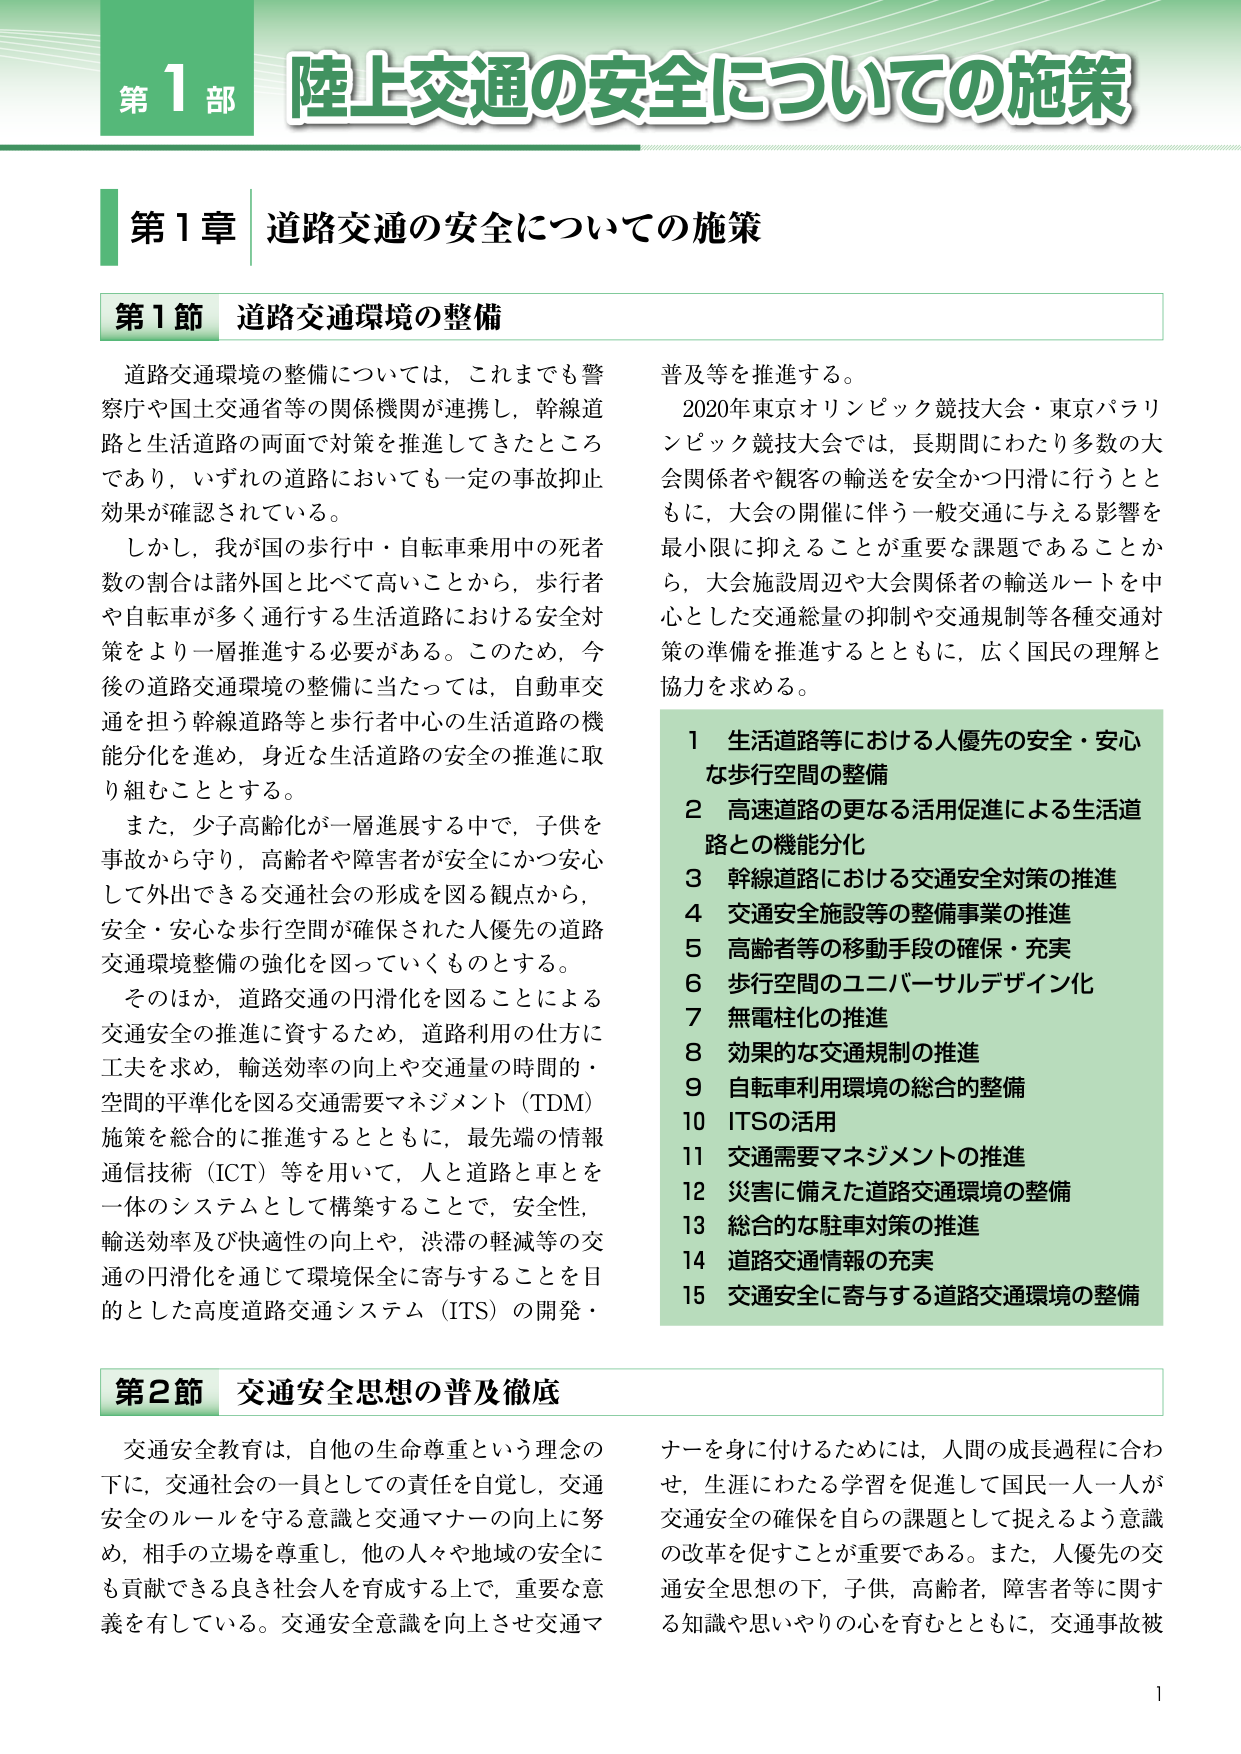
第1部 陸上交通の安全についての施策

第1章 道路交通の安全についての施策

第1節 道路交通環境の整備

道路交通環境の整備については，これまでも警察庁や国土交通省等の関係機関が連携し，幹線道路と生活道路の両面で対策を推進してきたところであり，いずれの道路においても一定の事故抑止効果が確認されている。

しかし，我が国の歩行中・自転車乗用中の死者数の割合は諸外国と比べて高いことから，歩行者や自転車が多く通行する生活道路における安全対策をより一層推進する必要がある。このため，今後の道路交通環境の整備に当たっては，自動車交通を担う幹線道路等と歩行者中心の生活道路の機能分化を進め，身近な生活道路の安全の推進に取り組むこととする。

また，少子高齢化が一層進展する中で，子供を事故から守り，高齢者や障害者が安全にかつ安心して外出できる交通社会の形成を図る観点から，安全・安心な歩行空間が確保された人優先の道路交通環境整備の強化を図っていくものとする。

そのほか，道路交通の円滑化を図ることによる交通安全の推進に資するため，道路利用の仕方に工夫を求め，輸送効率の向上や交通量の時間的・空間的平準化を図る交通需要マネジメント（TDM）施策を総合的に推進するとともに，最先端の情報通信技術（ICT）等を用いて，人と道路と車とを一体のシステムとして構築することで，安全性，輸送効率及び快適性の向上や，渋滞の軽減等の交通の円滑化を通じて環境保全に寄与することを目的とした高度道路交通システム（ITS）の開発・普及等を推進する。

2020年東京オリンピック競技大会・東京パラリンピック競技大会では，長期間にわたり多数の大会関係者や観客の輸送を安全かつ円滑に行うとともに，大会の開催に伴う一般交通に与える影響を最小限に抑えることが重要な課題であることから，大会施設周辺や大会関係者の輸送ルートを中心とした交通総量の抑制や交通規制等各種交通対策の準備を推進するとともに，広く国民の理解と協力を求める。

1 生活道路等における人優先の安全・安心な歩行空間の整備
2 高速道路の更なる活用促進による生活道路との機能分化
3 幹線道路における交通安全対策の推進
4 交通安全施設等の整備事業の推進
5 高齢者等の移動手段の確保・充実
6 歩行空間のユニバーサルデザイン化
7 無電柱化の推進
8 効果的な交通規制の推進
9 自転車利用環境の総合的整備
10 ITSの活用
11 交通需要マネジメントの推進
12 災害に備えた道路交通環境の整備
13 総合的な駐車対策の推進
14 道路交通情報の充実
15 交通安全に寄与する道路交通環境の整備

第2節 交通安全思想の普及徹底

交通安全教育は，自他の生命尊重という理念の下に，交通社会の一員としての責任を自覚し，交通安全のルールを守る意識と交通マナーの向上に努め，相手の立場を尊重し，他の人々や地域の安全にも貢献できる良き社会人を育成する上で，重要な意義を有している。交通安全意識を向上させ交通マナーを身に付けるためには，人間の成長過程に合わせ，生涯にわたる学習を促進して国民一人一人が交通安全の確保を自らの課題として捉えるよう意識の改革を促すことが重要である。また，人優先の交通安全思想の下，子供，高齢者，障害者等に関する知識や思いやりの心を育むとともに，交通事故被

1